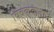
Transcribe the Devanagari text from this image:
विवेकवादाने